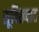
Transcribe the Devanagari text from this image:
सूविख्यात